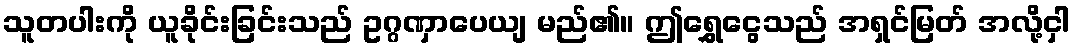
သူတပါးကို ယူခိုင်းခြင်းသည် ဥဂ္ဂဏှာပေယျ မည်၏။ ဤရွှေငွေသည် အရှင်မြတ် အလို့ငှါ